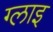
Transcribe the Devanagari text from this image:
ग्लाइ